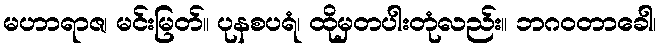
မဟာရာဇ၊ မင်းမြတ်။ ပုနစပရံ၊ ထိုမှတပါးတုံလည်း။ ဘဂဝတာခေါ၊